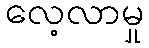
လေ့လာမှု